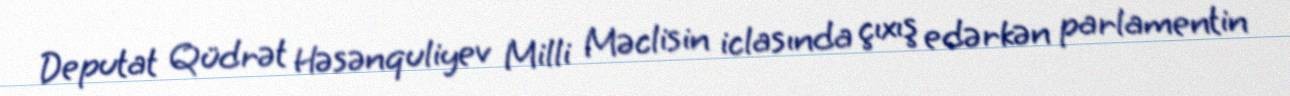
Deputat Qüdrət Həsənquliyev Milli Məclisin iclasında çıxış edərkən parlamentin